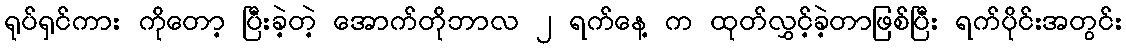
ရုပ်ရှင်ကား ကိုတော့ ပြီးခဲ့တဲ့ အောက်တိုဘာလ ၂ ရက်နေ့ က ထုတ်လွှင့်ခဲ့တာဖြစ်ပြီး ရက်ပိုင်းအတွင်း